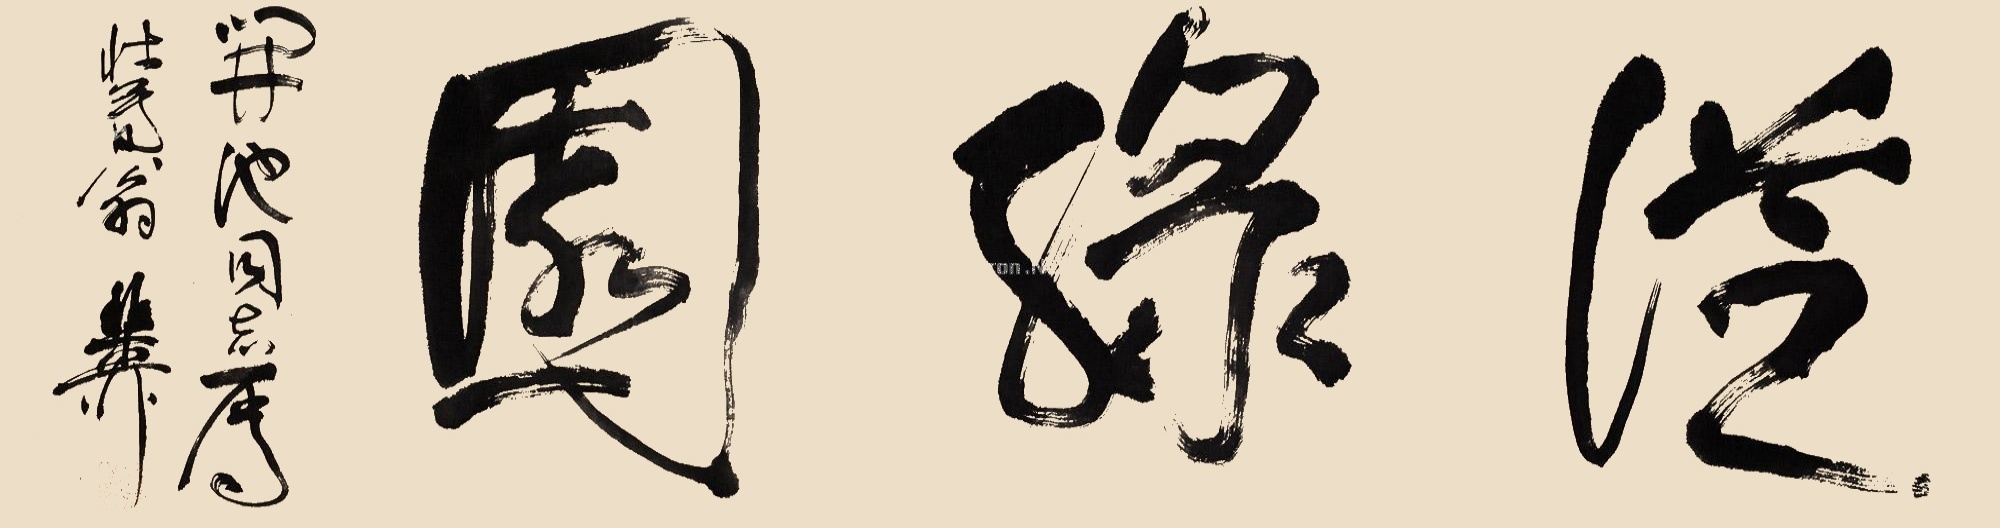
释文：从绿园。开池同志属，壮暮翁稚柳。